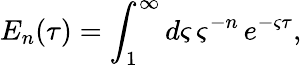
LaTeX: E_{n}(\tau)=\int_{1}^{\infty}d\varsigma\, \varsigma^{-n}\, e^{-\varsigma\tau},